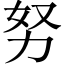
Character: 努